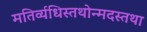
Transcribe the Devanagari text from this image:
मतिर्व्यधिस्तथोन्मदस्तथा